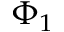
\Phi _ { 1 }